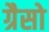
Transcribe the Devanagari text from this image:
ग्रैसो